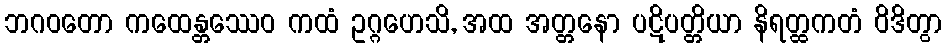
ဘဂဝတော ကထေန္တဿေဝ ကထံ ဥဂ္ဂဟေသိ, အထ အတ္တနော ပဋိပတ္တိယာ နိရတ္ထကတံ ဝိဒိတွာ